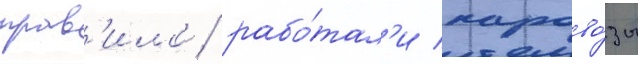
прав'ило / рабо́тал'и парово́зы